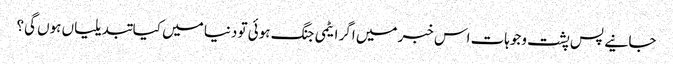
جانیے پس پشت وجوہات اس خبر میں اگر ایٹمی جنگ ہوئی تو دنیا میں کیا تبدیلیاں ہوں گی؟